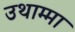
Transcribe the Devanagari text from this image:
उथाम्मा